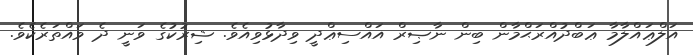
އަލްޢައްލާމާ ޢަބްދުއްރަޙްމާން ބިން ނާޞިރް އައްސިޢްދީ ވިދާޅުވިއެވެ. ޝިރުކުގެ ވަނީ ދެ ވައްތަރެކެވެ.